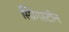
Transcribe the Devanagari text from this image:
स्प्रिगस्टीन